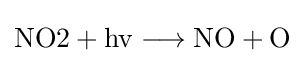
{{\mathit {\text{NO2}}}{}+{}{\mathit {\mathrm {hv} }}{}\mathrel {\longrightarrow } {}{\mathit {\text{NO}}}{}+{}{\mathit {\mathrm {O} }}}